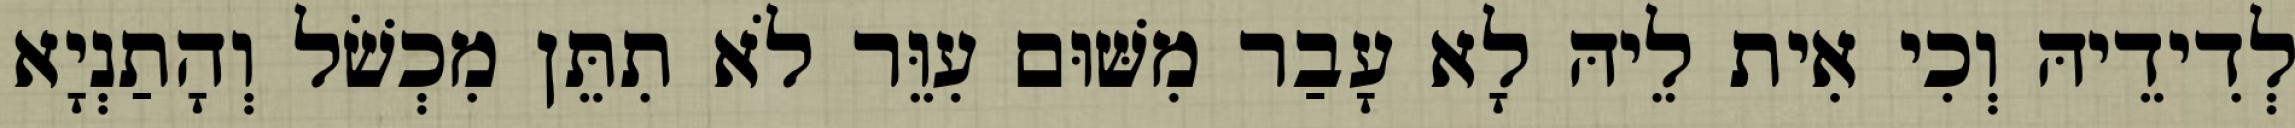
לְדִידֵיהּ וְכִי אִית לֵיהּ לָא עָבַר מִשּׁוּם עִוֵּר לֹא תִתֵּן מִכְשֹׁל וְהָתַנְיָא